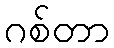
ဂစ်တာ